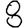
Digit: 8